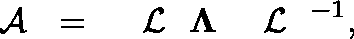
\begin{array} { r } { { { { \mathrm { ~ \boldmath ~ { ~ \cal ~ A ~ } ~ } } } } = { { { \mathrm { ~ \boldmath ~ { ~ \cal ~ L ~ } ~ } } } } { \bf \Lambda } { { { \mathrm { ~ \boldmath ~ { ~ \cal ~ L ~ } ~ } } } } ^ { - 1 } , } \end{array}